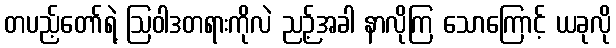
တပည့်တော်ရဲ့ ဩဝါဒတရားကိုလဲ ညဉ့်အခါ နာလိုကြ သောကြောင့် ယခုလို